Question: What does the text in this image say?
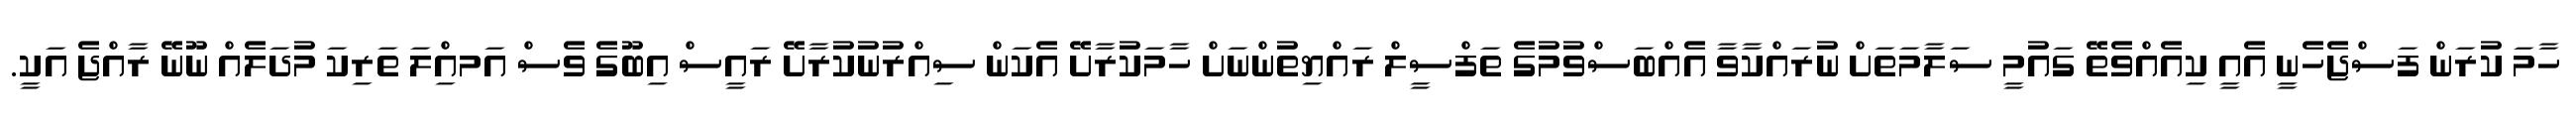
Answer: ހާމަ ކުރަން ފަސްޖެހެނީ އެއީ ކިއެއްވެތޭ ގައުމީ ސަލާމަތަށް ނުރައްކާވާ އެއްބަސްވުމުގެ ތަފްސީލް ރައްޔިތުންނަށް ހާމަކުރާށޭ އެކަން ސިއްރުނުކުރާށޭ ރައީސް އިބޫގެ ވެސް އަމއިްލަ ތަރިކަ މުދަލެއް ނޫނޭ ރާއްޖެ އަކީ.